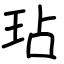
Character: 玷